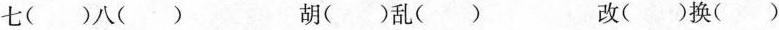
七()八() 胡()乱() 改()换()